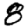
Digit: 8